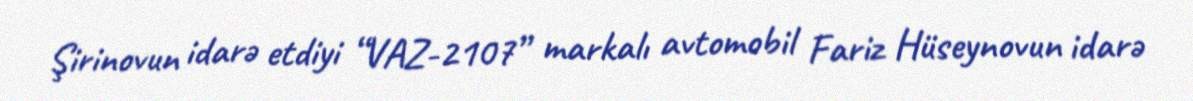
Şirinovun idarə etdiyi “VAZ-2107” markalı avtomobil Fariz Hüseynovun idarə